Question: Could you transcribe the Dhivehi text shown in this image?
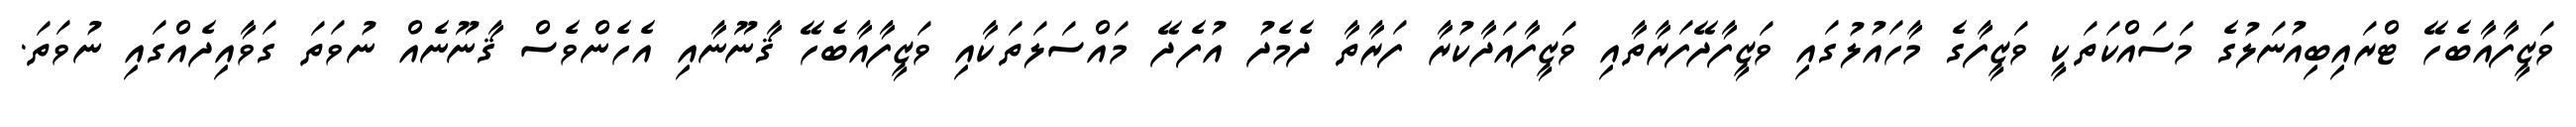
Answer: ވަޒީފާއާބެހޭ ޓްރައިބިއުނަލުގެ މަސައްކަތަކީ ވަޒީފާގެ މާހައުލުގައި ވަޒީފާދޭފަރާތާއި ވަޒީފާއަދާކުރާ ފަރާތާ ދެމެދު އުފެދޭ މައްސަލަތަކާއި ވަޒީފާއާބެހޭ ޤާނޫނާއި އެހެންވެސް ޤާނޫނެއް ނުވަތަ ގަވާއިދެއްގައި ނުވަތަ.